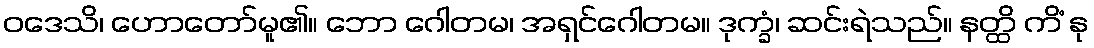
ဝဒေသိ၊ ဟောတော်မူ၏။ ဘော ဂေါတမ၊ အရှင်ဂေါတမ။ ဒုက္ခံ၊ ဆင်းရဲသည်။ နတ္ထိ ကိံ နု